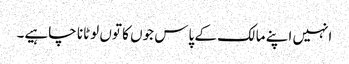
انہیں اپنے مالک کے پاس جوں کا توں لوٹانا چاہیے۔